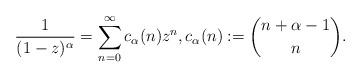
LaTeX: \begin{align*} \frac{1}{(1-z)^\alpha} = \sum_{n=0}^\infty c_\alpha(n) z^n, c_\alpha(n) := \binom{n+\alpha-1}{n}. \end{align*}